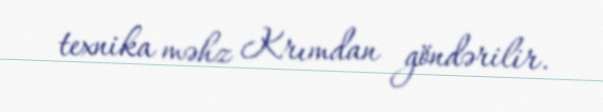
texnika məhz Krımdan göndərilir.